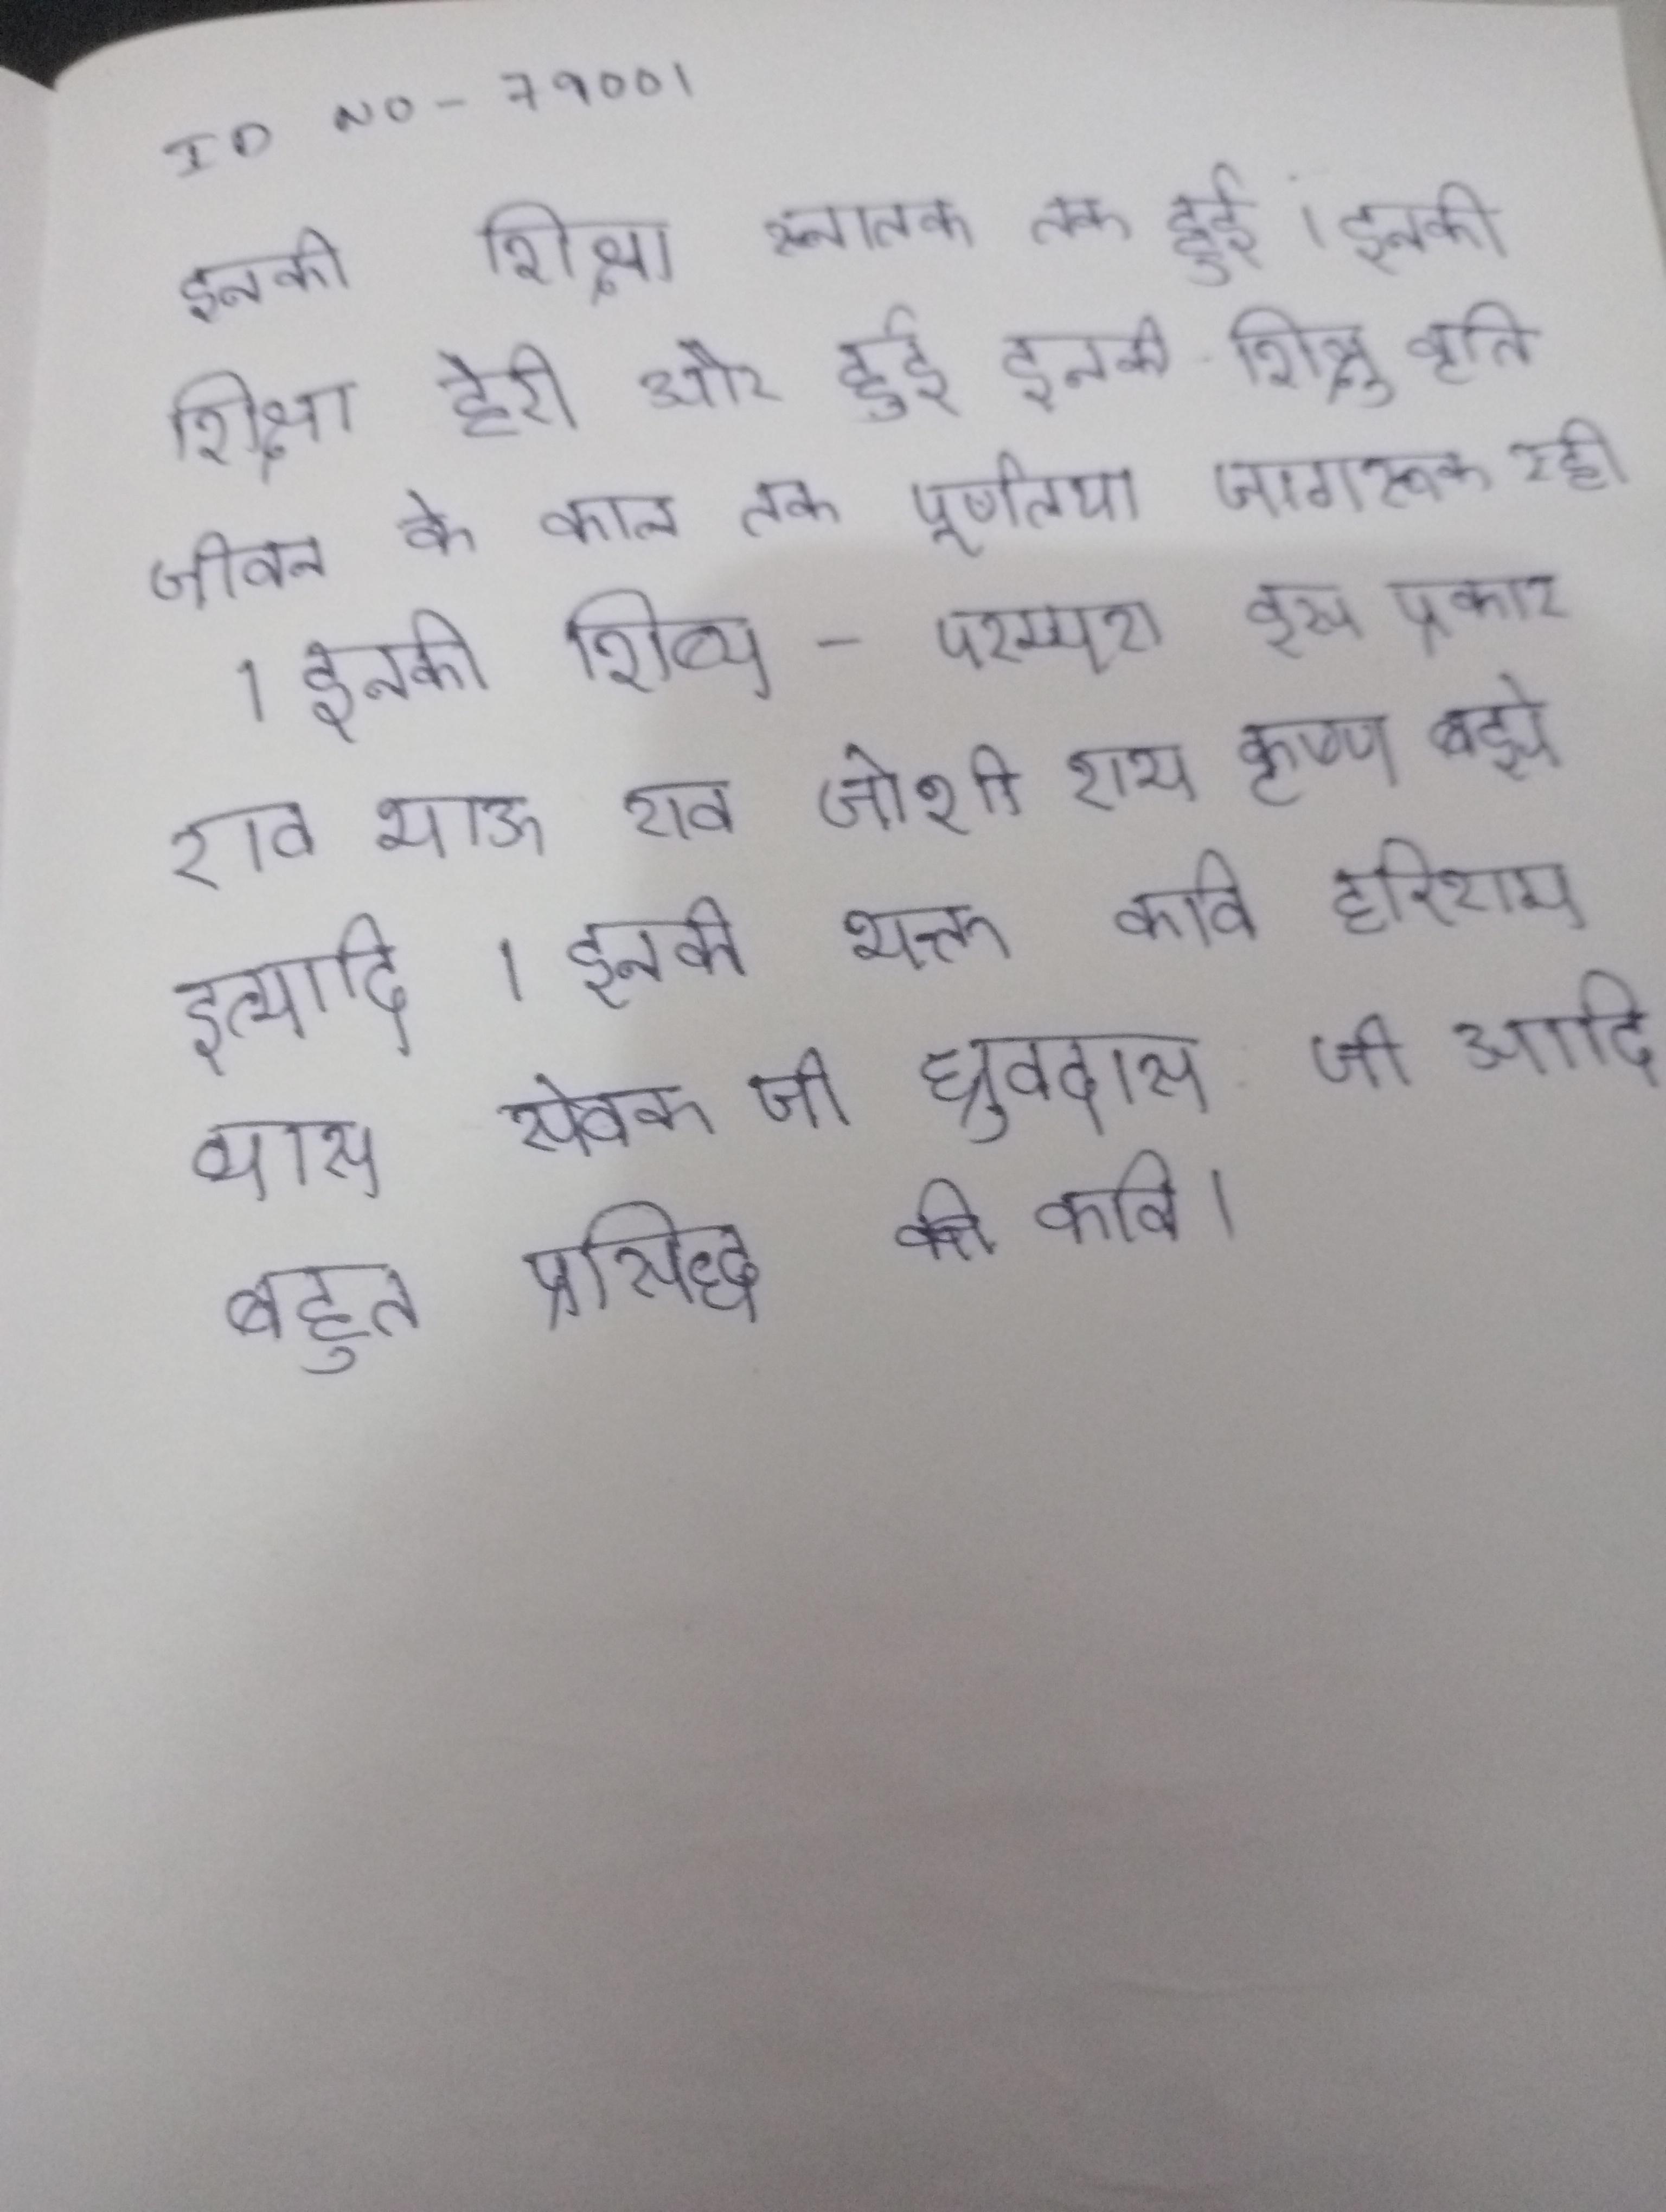
इनकी शिक्षा स्नातक तक हुई । इनकी शिक्षा हैरी और हुई । इनकी शिक्षु वृत्ति जीवन के काल तक पूर्णतया जागरूक रही । इनकी शिष्य-परम्परा इस प्रकार राव भाऊ राव जोशी, राम कृष्ण बझे इत्यादि । इनकी भक्त कवि हरिराम व्यास, सेवक जी, ध्रुवदास जी आदि बहुत प्रसिद्ध कवि ।